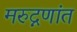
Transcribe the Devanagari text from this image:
मरुद्नणांत